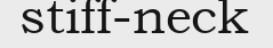
stiff-neck